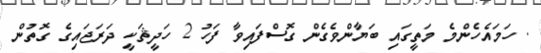
. ހަމައެހެންމެ މަތީގައި ބަޔާންވެގެން ގޮސްފައިވާ ފަހު 2 ހަދީޘަކީ ދަރަޖައިގެ ގޮތުން